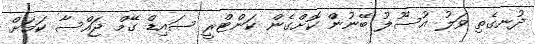
ދުނގެތި ވަލު އުސޫލު ބޭނުން ކޮށްގެން ކަންޓްރީ ސައިޑް ގޭމް ޖައްސާ ކަމަށް